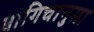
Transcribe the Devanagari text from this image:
बागिचानुमा